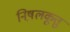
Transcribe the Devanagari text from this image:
निष़लकूत्तु